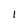
Character: 1